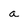
Character: a